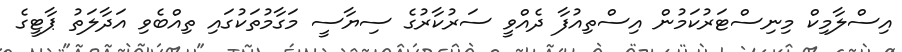
އިސްލާމިކް މިނިސްޓަރުކަމުން އިސްތިއުފާ ދެއްވީ ސަރުކާރުގެ ސިޔާސީ މަގާމުތަކުގައި ތިއްބެވި އަދާލަތު ޕާޓީގެ